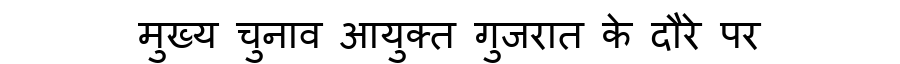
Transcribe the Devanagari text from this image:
मुख्य चुनाव आयुक्त गुजरात के दौरे पर